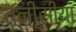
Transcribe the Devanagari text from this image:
तूनीसीया